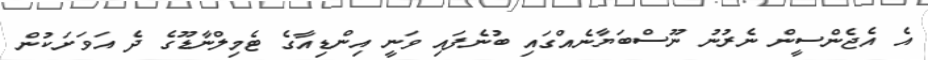
އެ އެޖެންސީން ނެރުނު ނޫސްބަޔާނެއްގައި ބުނެފައި ވަނީ އިންޑިއާގެ ޓެމިލްނާޑޫގެ ދެ އަވަށަކުން